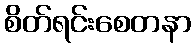
စိတ်ရင်းစေတနာ